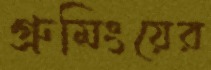
গ্রুমিংয়ের